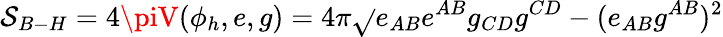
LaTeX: \mathcal{S}_{B-H}=4\piV(\phi_{h},e,g)=4\pi\sqrt{}{{e_{AB}e^{AB}g_{CD}g^{CD}-(e_{AB}g^{AB})^{2}}}